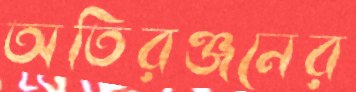
অতিরঞ্জনের